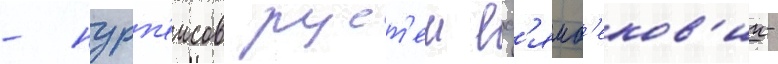
- нурп'еисов руст'ем есл'ямб'еков'ич-